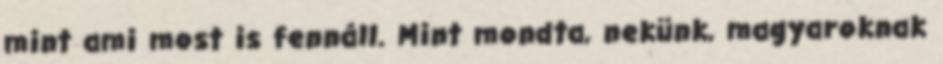
mint ami most is fennáll. Mint mondta, nekünk, magyaroknak